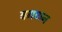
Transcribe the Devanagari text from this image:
बगणन